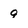
Character: g